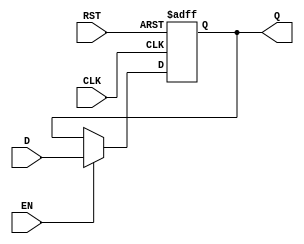
module BarrierRegister #(
    parameter WIDTH = 8 // Parameterized width for the data input/output
)(
    input wire [WIDTH-1:0] D,    // Data input
    input wire CLK,                // Clock signal
    input wire EN,                 // Enable signal
    input wire RST,                // Asynchronous reset
    output reg [WIDTH-1:0] Q       // Data output
);

// Asynchronous reset
always @(posedge CLK or posedge RST) begin
    if (RST) begin
        Q <= {WIDTH{1'b0}}; // Clear output to zero
    end else if (EN) begin
        Q <= D; // Capture input data
    end
    // If EN is low, Q retains its previous value
end

endmodule